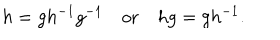
LaTeX: h = g h ^ { - 1 } g ^ { - 1 } \quad \mathrm { o r } \quad h g = g h ^ { - 1 } .